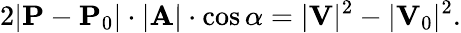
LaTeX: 2|\mathbf{P}-\mathbf{P}_{0}|\cdot|\mathbf{A}|\cdot\cos\alpha=|\mathbf{V}|^{2}-|\mathbf{V}_{0}|^{2}.